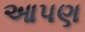
આપણ